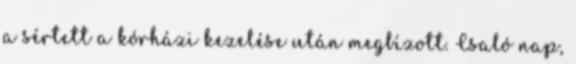
a sértett a kórházi kezelése után megbízott. Csaló nap,